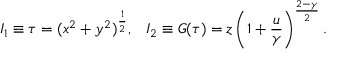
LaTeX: I _ { 1 } \equiv \tau = ( x ^ { 2 } + y ^ { 2 } ) ^ { \frac { 1 } { 2 } } , \; \; \; I _ { 2 } \equiv G ( \tau ) = z \left( 1 + { \frac { u } { \gamma } } \right) ^ { \frac { 2 - \gamma } { 2 } } .